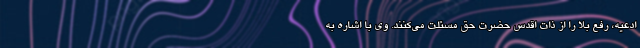
ادعیه، رفع بلا را از ذات اقدس حضرت حق مسئلت می‌کنند. وی با اشاره به